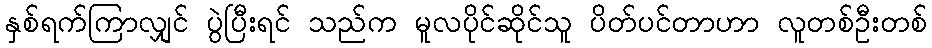
နှစ်ရက်ကြာလျှင် ပွဲပြီးရင် သည်က မူလပိုင်ဆိုင်သူ ပိတ်ပင်တာဟာ လူတစ်ဦးတစ်